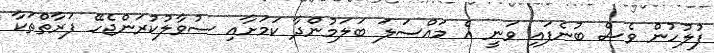
ފުލުހުން ވެސް ބުނެފައި ވަނީ އެ މައްސަލަ ބަލަމުންދާ ކަމަށާއި ސުވާލުކުރަންޖެހޭ ފަރާތްތަކާ